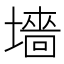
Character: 墻